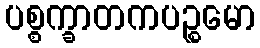
ပစ္စက္ခာတကပဉ္စမော